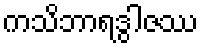
ကသိဘာရဒွါဇဿ